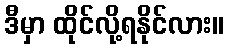
ဒီမှာ ထိုင်လို့ရနိုင်လား။